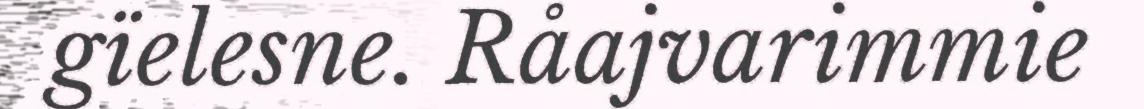
gïelesne. Råajvarimmie